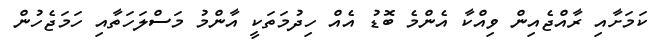
ކަމަށާއި ރާއްޖެއިން ވިއްކާ އެންމެ ބޮޑު އެއް ހިދުމަތަކީ އާންމު މަސްލަހަތާއި ހަމަޖެހުން